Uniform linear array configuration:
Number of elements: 8
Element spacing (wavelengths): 0.25
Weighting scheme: blackman
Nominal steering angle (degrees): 15
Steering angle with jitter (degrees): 13.747
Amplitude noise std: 0.05
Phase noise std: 0.05

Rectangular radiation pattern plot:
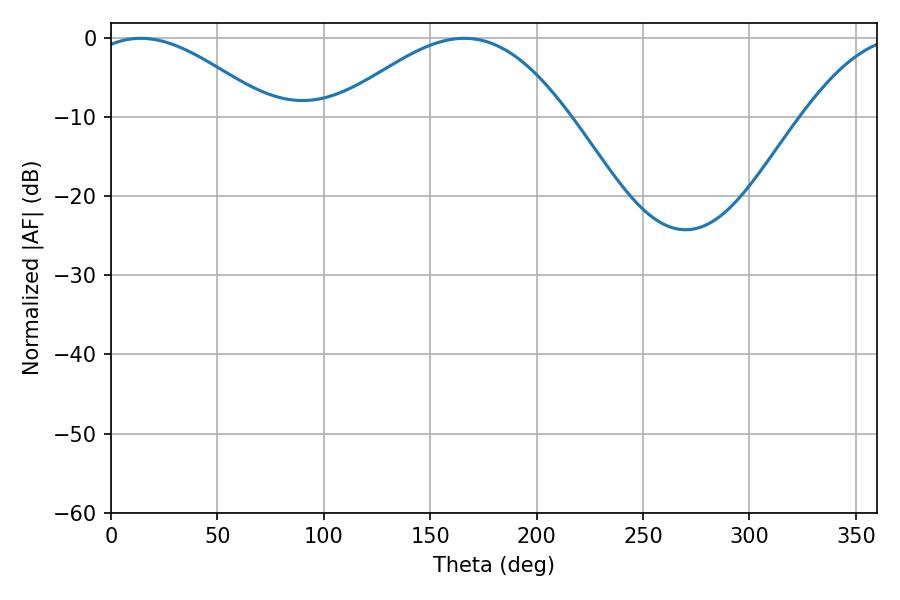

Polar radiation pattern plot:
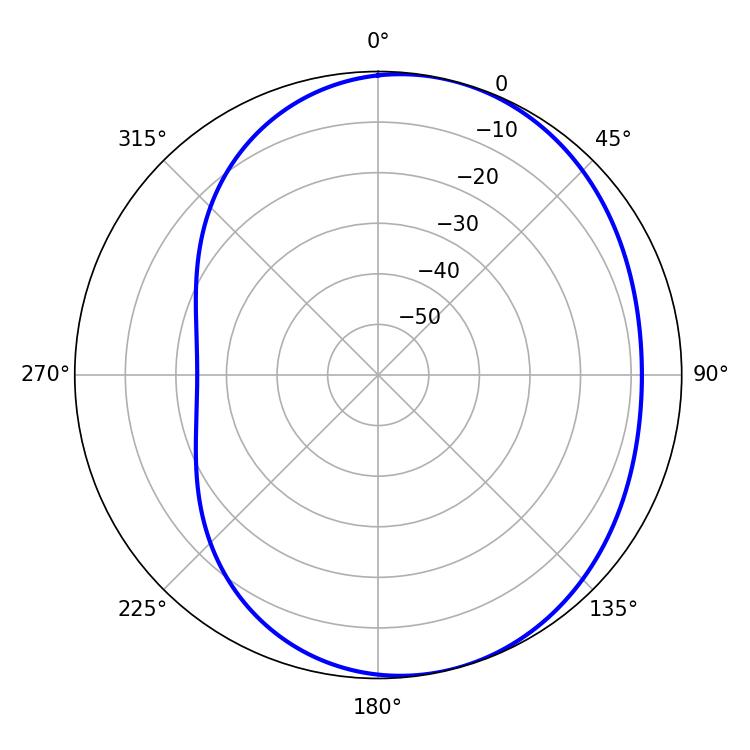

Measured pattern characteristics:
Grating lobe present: FALSE
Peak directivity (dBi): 4.679
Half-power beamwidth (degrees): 45.9
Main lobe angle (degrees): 14.04